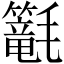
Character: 𣰴